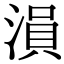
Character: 溳